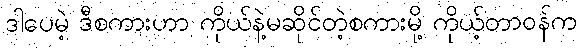
ဒါပေမဲ့ ဒီစကားဟာ ကိုယ်နဲ့မဆိုင်တဲ့စကားမို့ ကိုယ့်တာဝန်က